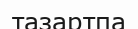
тазартпа